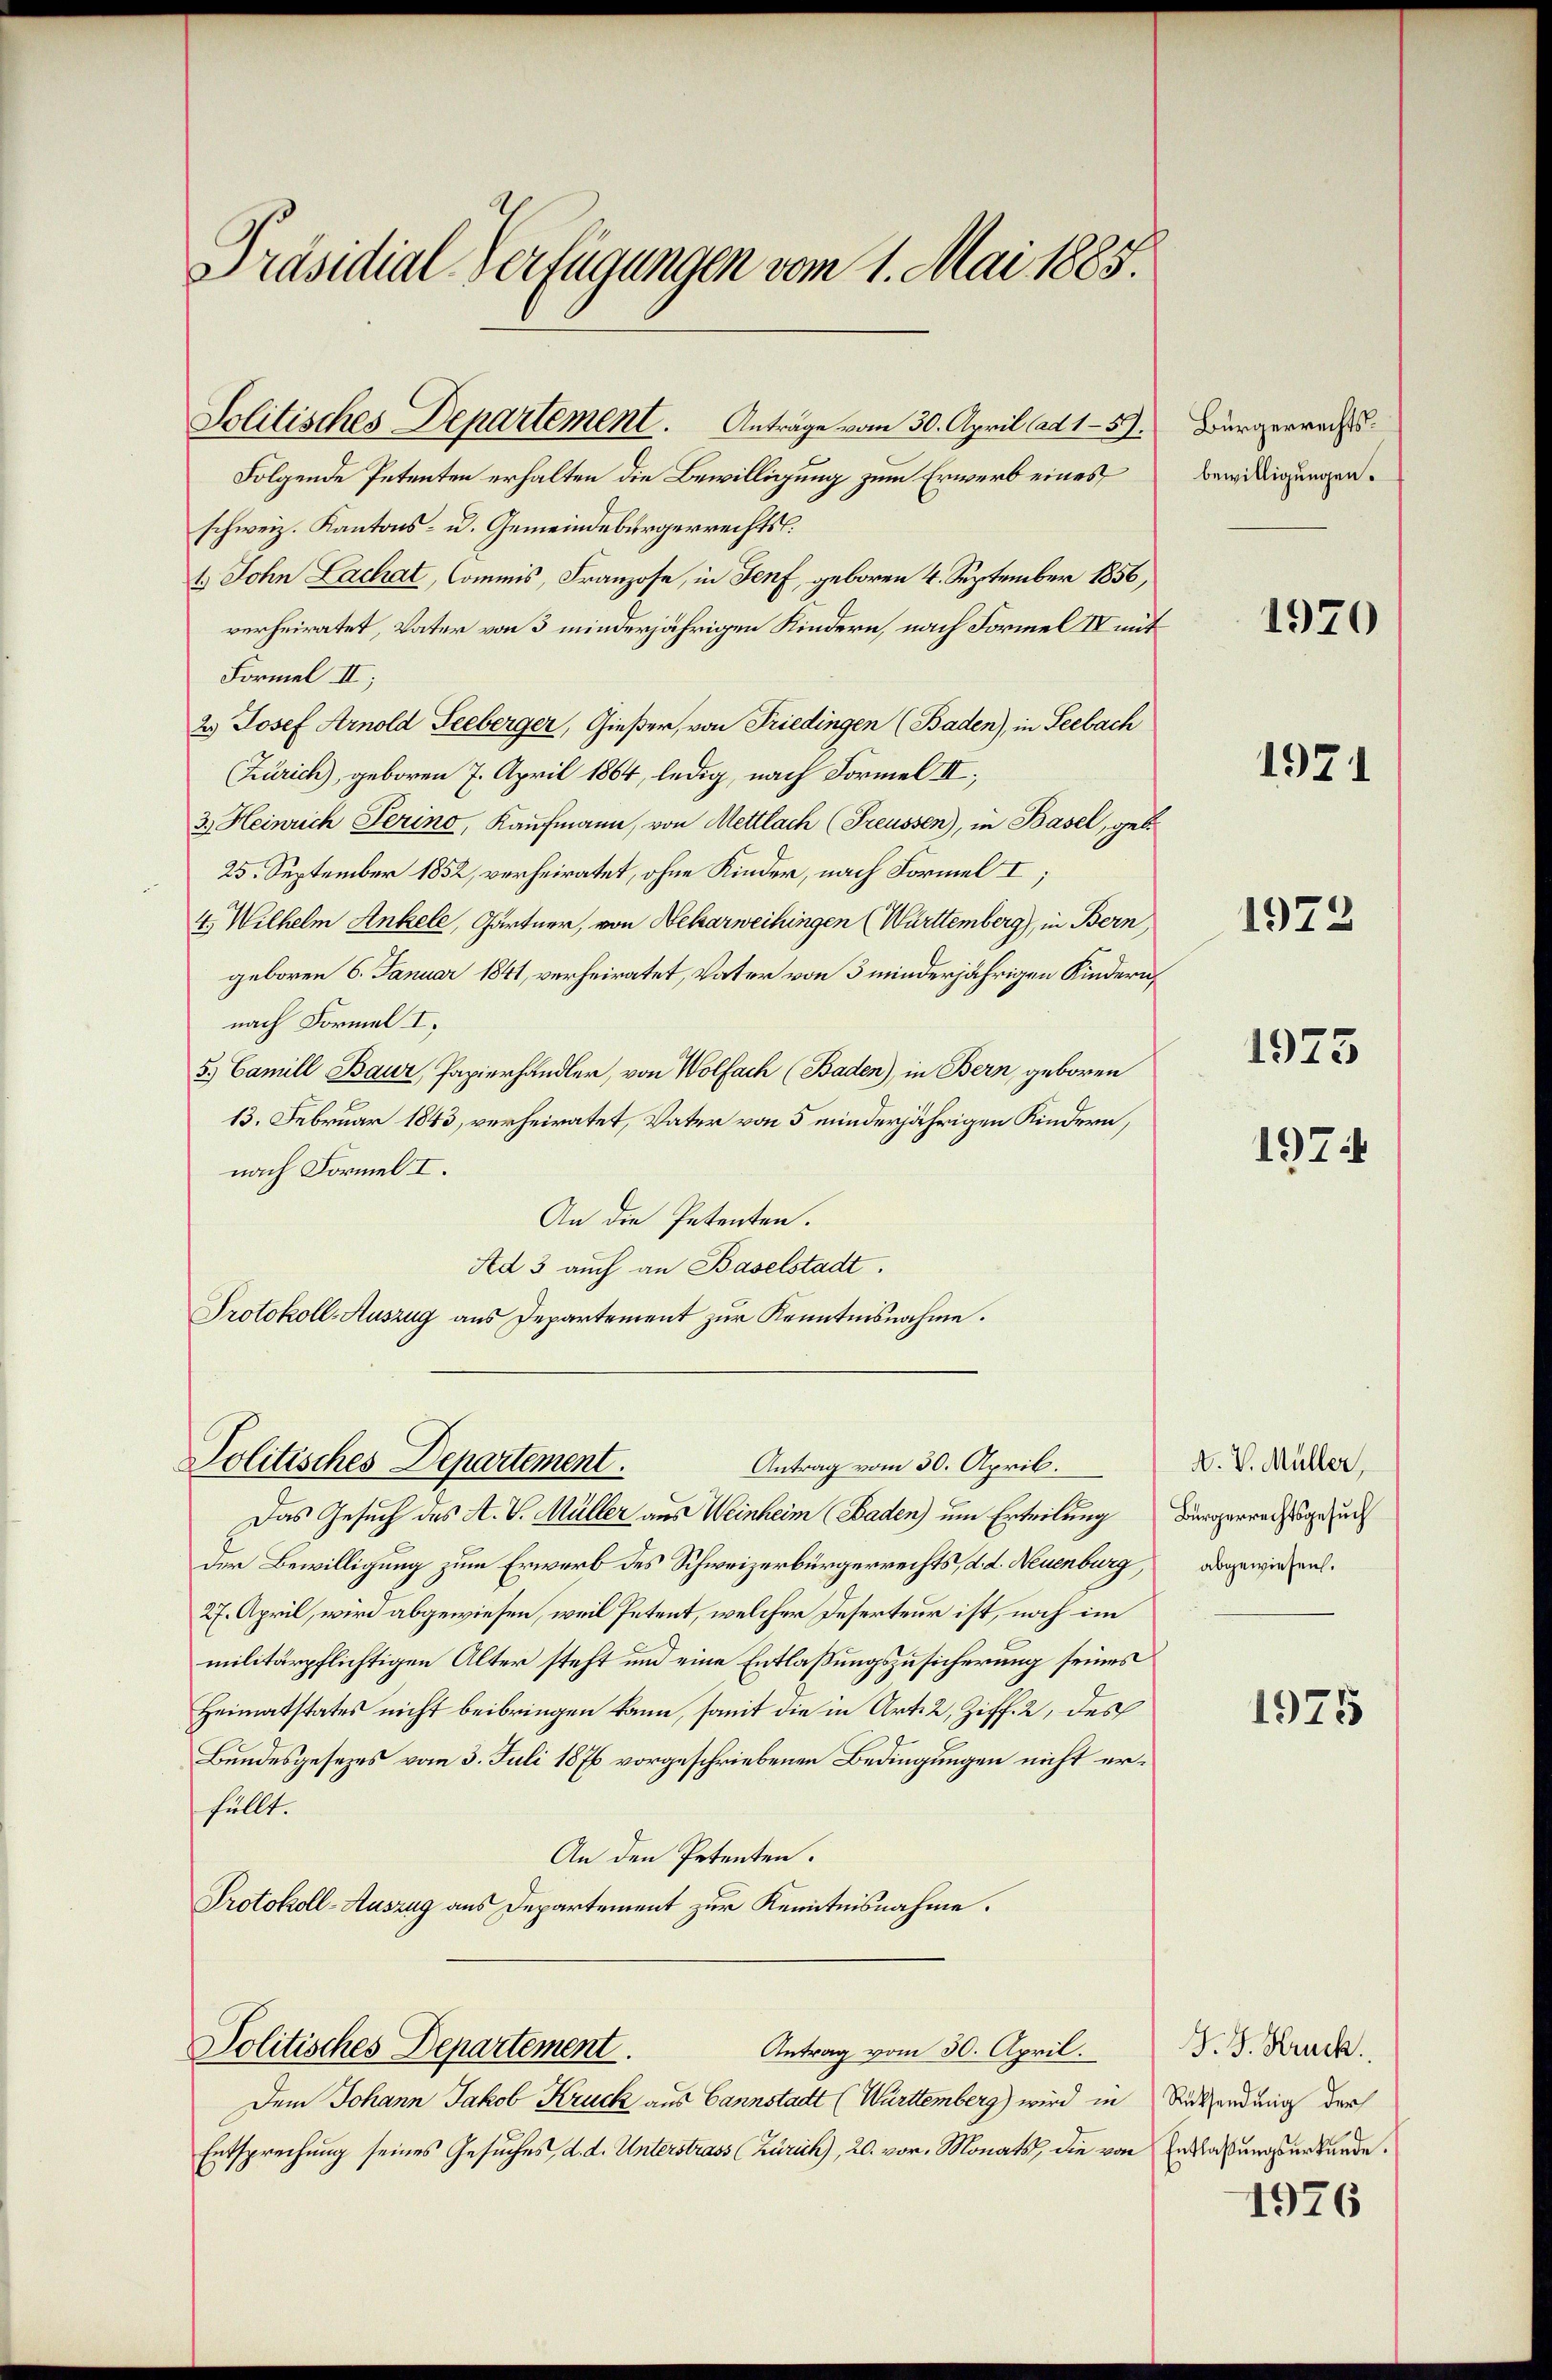
Präsidial-Verfügungen vom 1. Mai 1885.

Solitisches Departement. Anträge vom 30. April ad 159.
Folgende Petenten erhalten die Bewilligung zum Erwerb eines
schweiz. Kantons- u. Gemeindebürgerrechts
1.) John Lachat, Commis, Franzose, in Genf, geboren 4. September 1856,
verheiratet, Vater von 3 minderjährigen Kindern, nach Formel IV mit
Formel II;
2.) Josef Arnold Seeberger, Gießer, von Friedingen (Baden), in Seebach
Zürich), geboren 7. April 1864, ledig, nach Formel II
3.) Heinrich Perino, Kaufmann, von Mettlach (Preussen), in Basel, geb.
25. September 1852, verheiratet, ohne Kinder, nach Formel I;
4. Wilhelm Ankele, Gärtner, von Nekarweihingen (Württemberg), in Bern,
geboren 6. Januar 1841, verheiratet, Vater von 3 minderjährigen Kindern,
nach Formel I.
5.) Camill Bauz, Papierhandler, von Wolfach (Baden), in Bern, geboren
13. Februar 1843, verheiratet, Vater von 5 minderjährigen Kindern,
nach Formel I.
An die Petenten.
Ad 3 auch an Baselstadt.
Protokoll-Auszug aus Departement zur Kenntnisnahme.

Politisches Departement.

Politisches Departement.

Antrag vom 30. April.

Das Gesuch des A. V. Müller aus Weinheim (Baden) um Erteilung
der Bewilligung zum Erwerb des Schweizerbürgerrechts, d. d. Neuenburg,
27. April, wird abgewiesen, weil Petent, welcher Deserteur ist, noch im
militärpflichtigen Alter steht und eine Entlaßungszusicherung seines
Heimatstates nicht beibringen kann, somit die in Art. 2, Ziff. 2, des
Bundesgesezes vom 3. Juli 1876 vorgeschriebenen Bedingungen nicht erfüllt.
An den Petenten.
Protokoll-Auszug aus Departement zur Kenntnisnahme.

Dem Johann Jakob Kruck aus Cannstadt (Württemberg) wird in Rücksendung der
Entsprechung seines Gesuches, d. d. Unterstrass (Zürich), 20. vor. Monats, die von

Antrag vom 30. April.

Bürgerrechtsbewilligungen.

1970

1921

1972

1973

1974

N. V. Müller,
Bürgerrechtsgesuch
abgewiesen.

1975

J. J. Kruck.
Entlaßungsurkunde.

1976